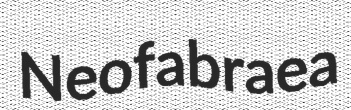
Neofabraea